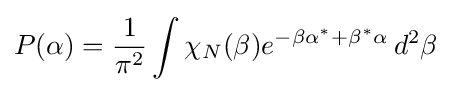
P(\alpha )={\frac {1}{\pi ^{2}}}\int \chi _{N}(\beta )e^{-\beta \alpha ^{*}+\beta ^{*}\alpha }\,d^{2}\beta